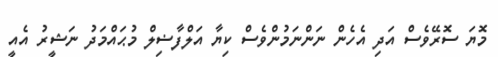
މޮޔަ ސޮރޭވެސް އަދި އެހެން ނަންނަމުންވެސް ކިޔާ އަލްފާޟިލް މުޙައްމަދު ނަޝީރު އެއީ